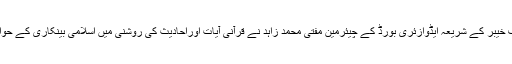
اس سے قبل تقریب سے خطاب کرتے ہوئے بینک آف خیبر کے شریعہ ایڈوازئری بورڈ کے چیئرمین مفتی محمد زاہد نے قرآنی آیات اوراحادیث کی روشنی میں اسلامی بینکاری کے حوالے سے شرعی اصول وضوابط پر تفصیلی اظہار کیا۔